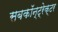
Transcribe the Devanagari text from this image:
सबकॉन्ट्रेक्टर